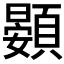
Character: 𲊵